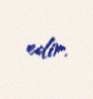
edir.